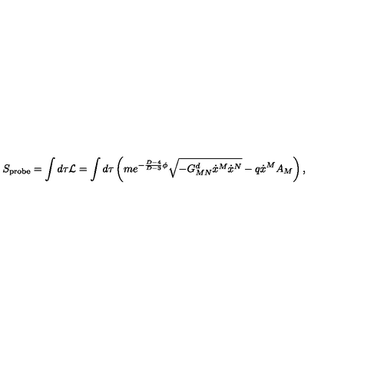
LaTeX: S _ { \mathrm { p r o b e } } = \int d \tau { \cal L } = \int d \tau \left( m e ^ { - { \frac { D - 4 } { D - 3 } } \phi } \sqrt { - G _ { M N } ^ { d } \dot { x } ^ { M } \dot { x } ^ { N } } - q \dot { x } ^ { M } A _ { M } \right) ,